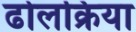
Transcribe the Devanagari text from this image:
ढोलक्रिया